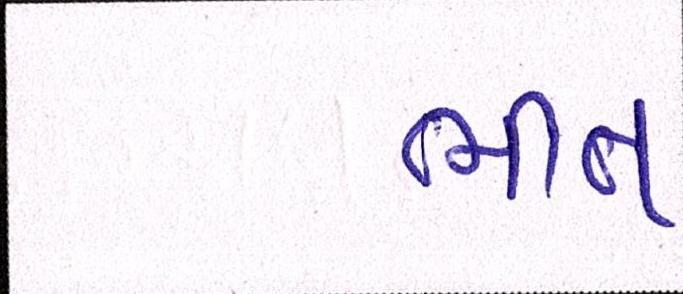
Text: ભીંત